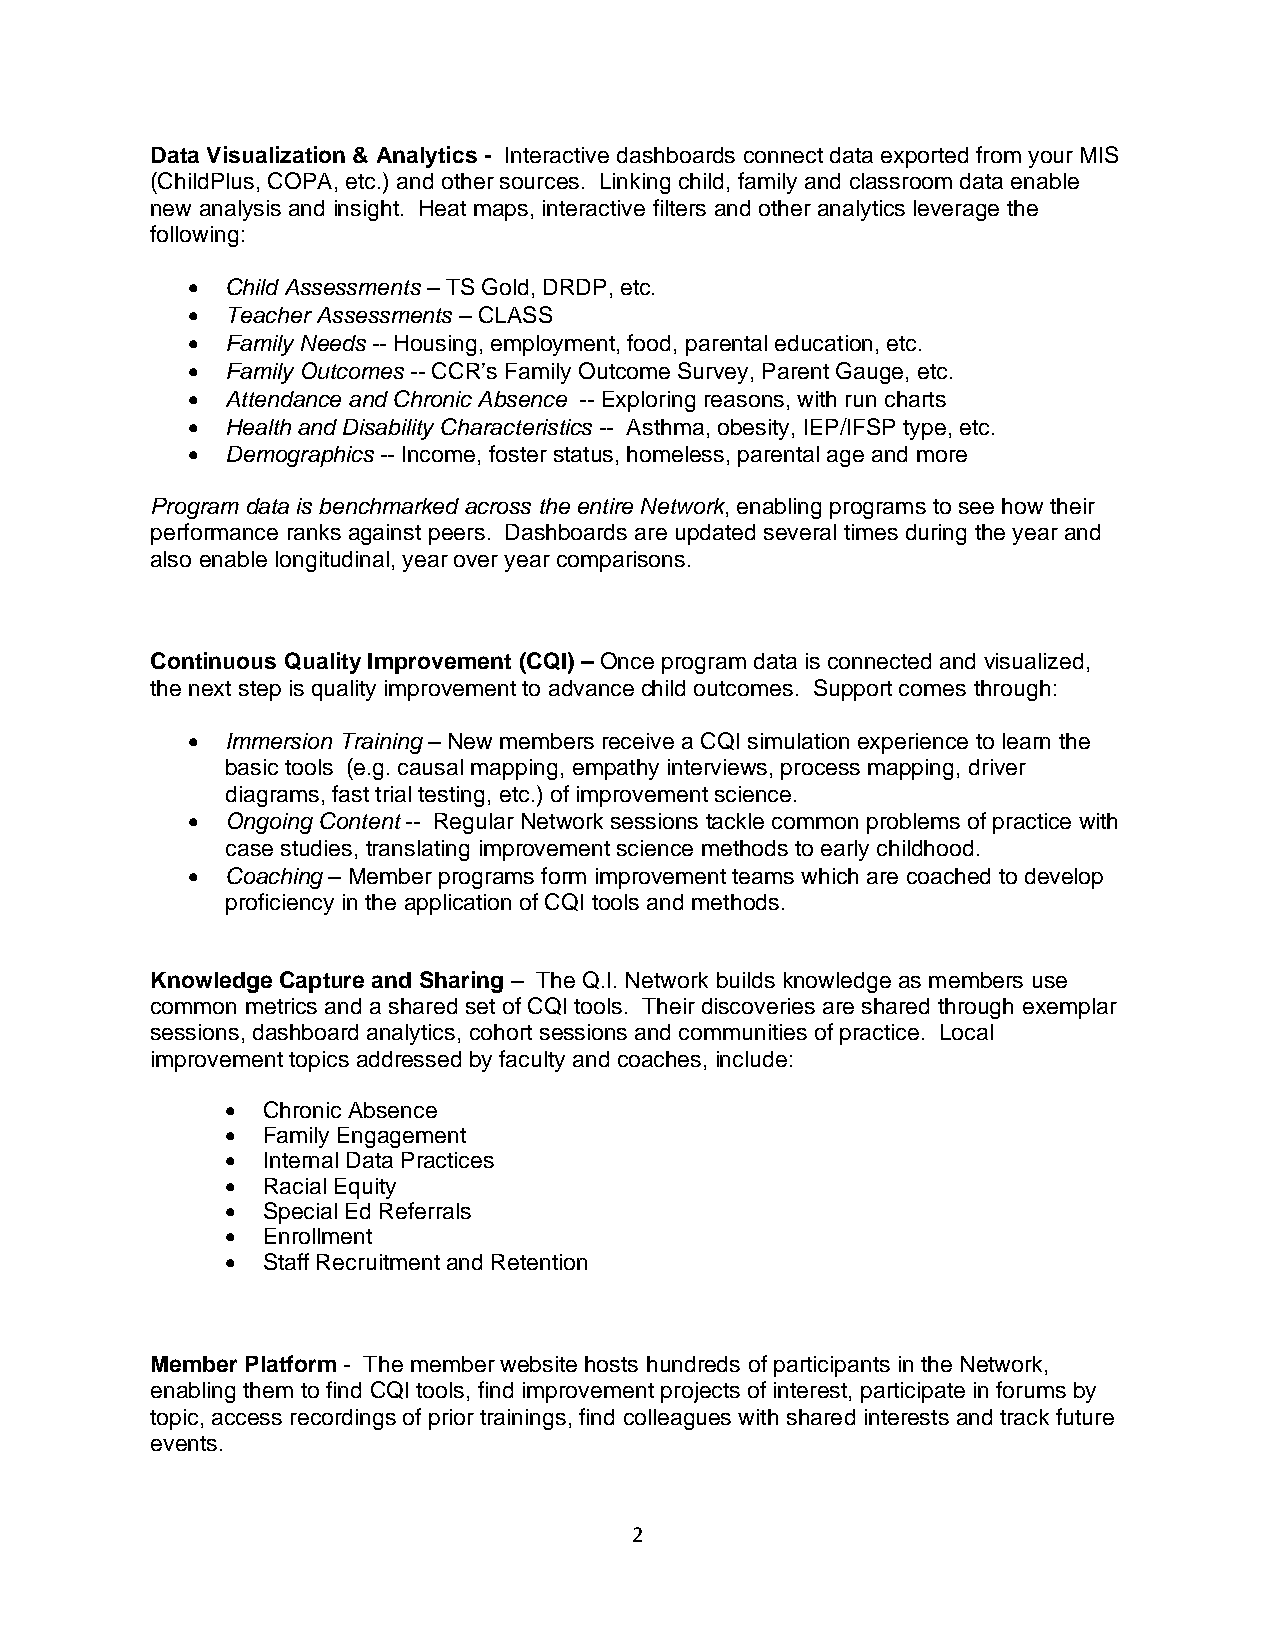
Data Visualization & Analytics - Interactive dashboards connect data exported from your MIS
 (ChildPlus, COPA, etc.) and other sources. Linking child, family and classroom data enable
 new analysis and insight. Heat maps, interactive filters and other analytics leverage the
 following:
 •  Child Assessments – TS Gold, DRDP, etc.
 •  Teacher Assessments – CLASS
 •  Family Needs -- Housing, employment, food, parental education, etc.
 •  Family Outcomes -- CCR’s Family Outcome Survey, Parent Gauge, etc.
 •  Attendance and Chronic Absence -- Exploring reasons, with run charts
 •  Health and Disability Characteristics -- Asthma, obesity, IEP/IFSP type, etc.
 •  Demographics -- Income, foster status, homeless, parental age and more
 Program data is benchmarked across the entire Network, enabling programs to see how their
 performance ranks against peers. Dashboards are updated several times during the year and
 also enable longitudinal, year over year comparisons.
 Continuous Quality Improvement (CQI) – Once program data is connected and visualized,
 the next step is quality improvement to advance child outcomes. Support comes through:
 •  Immersion Training – New members receive a CQI simulation experience to learn the
 basic tools (e.g. causal mapping, empathy interviews, process mapping, driver
 diagrams, fast trial testing, etc.) of improvement science.
 •  Ongoing Content -- Regular Network sessions tackle common problems of practice with
 case studies, translating improvement science methods to early childhood.
 •  Coaching – Member programs form improvement teams which are coached to develop
 proficiency in the application of CQI tools and methods.
 Knowledge Capture and Sharing – The Q.I. Network builds knowledge as members use
 common metrics and a shared set of CQI tools. Their discoveries are shared through exemplar
 sessions, dashboard analytics, cohort sessions and communities of practice. Local
 improvement topics addressed by faculty and coaches, include:
 • Chronic Absence
 • Family Engagement
 • Internal Data Practices
 • Racial Equity
 • Special Ed Referrals
 • Enrollment
 • Staff Recruitment and Retention
 Member Platform - The member website hosts hundreds of participants in the Network,
 enabling them to find CQI tools, find improvement projects of interest, participate in forums by
 topic, access recordings of prior trainings, find colleagues with shared interests and track future
 events.
 2